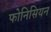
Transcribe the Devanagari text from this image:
फोनिसियन